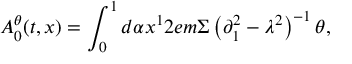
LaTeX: { \cal A } _ { 0 } ^ { \theta } ( t , x ) = \int _ { 0 } ^ { 1 } { d \alpha x ^ { 1 } } 2 e m \Sigma \left( { \partial _ { 1 } ^ { 2 } - \lambda ^ { 2 } } \right) ^ { - 1 } \theta ,